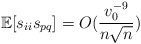
\begin{align*}\mathbb{E}[s_{ii} s_{pq}] =O(\frac{v_0^{-9}}{n \sqrt{n}})\end{align*}